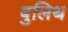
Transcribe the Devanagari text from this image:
बुलिथ